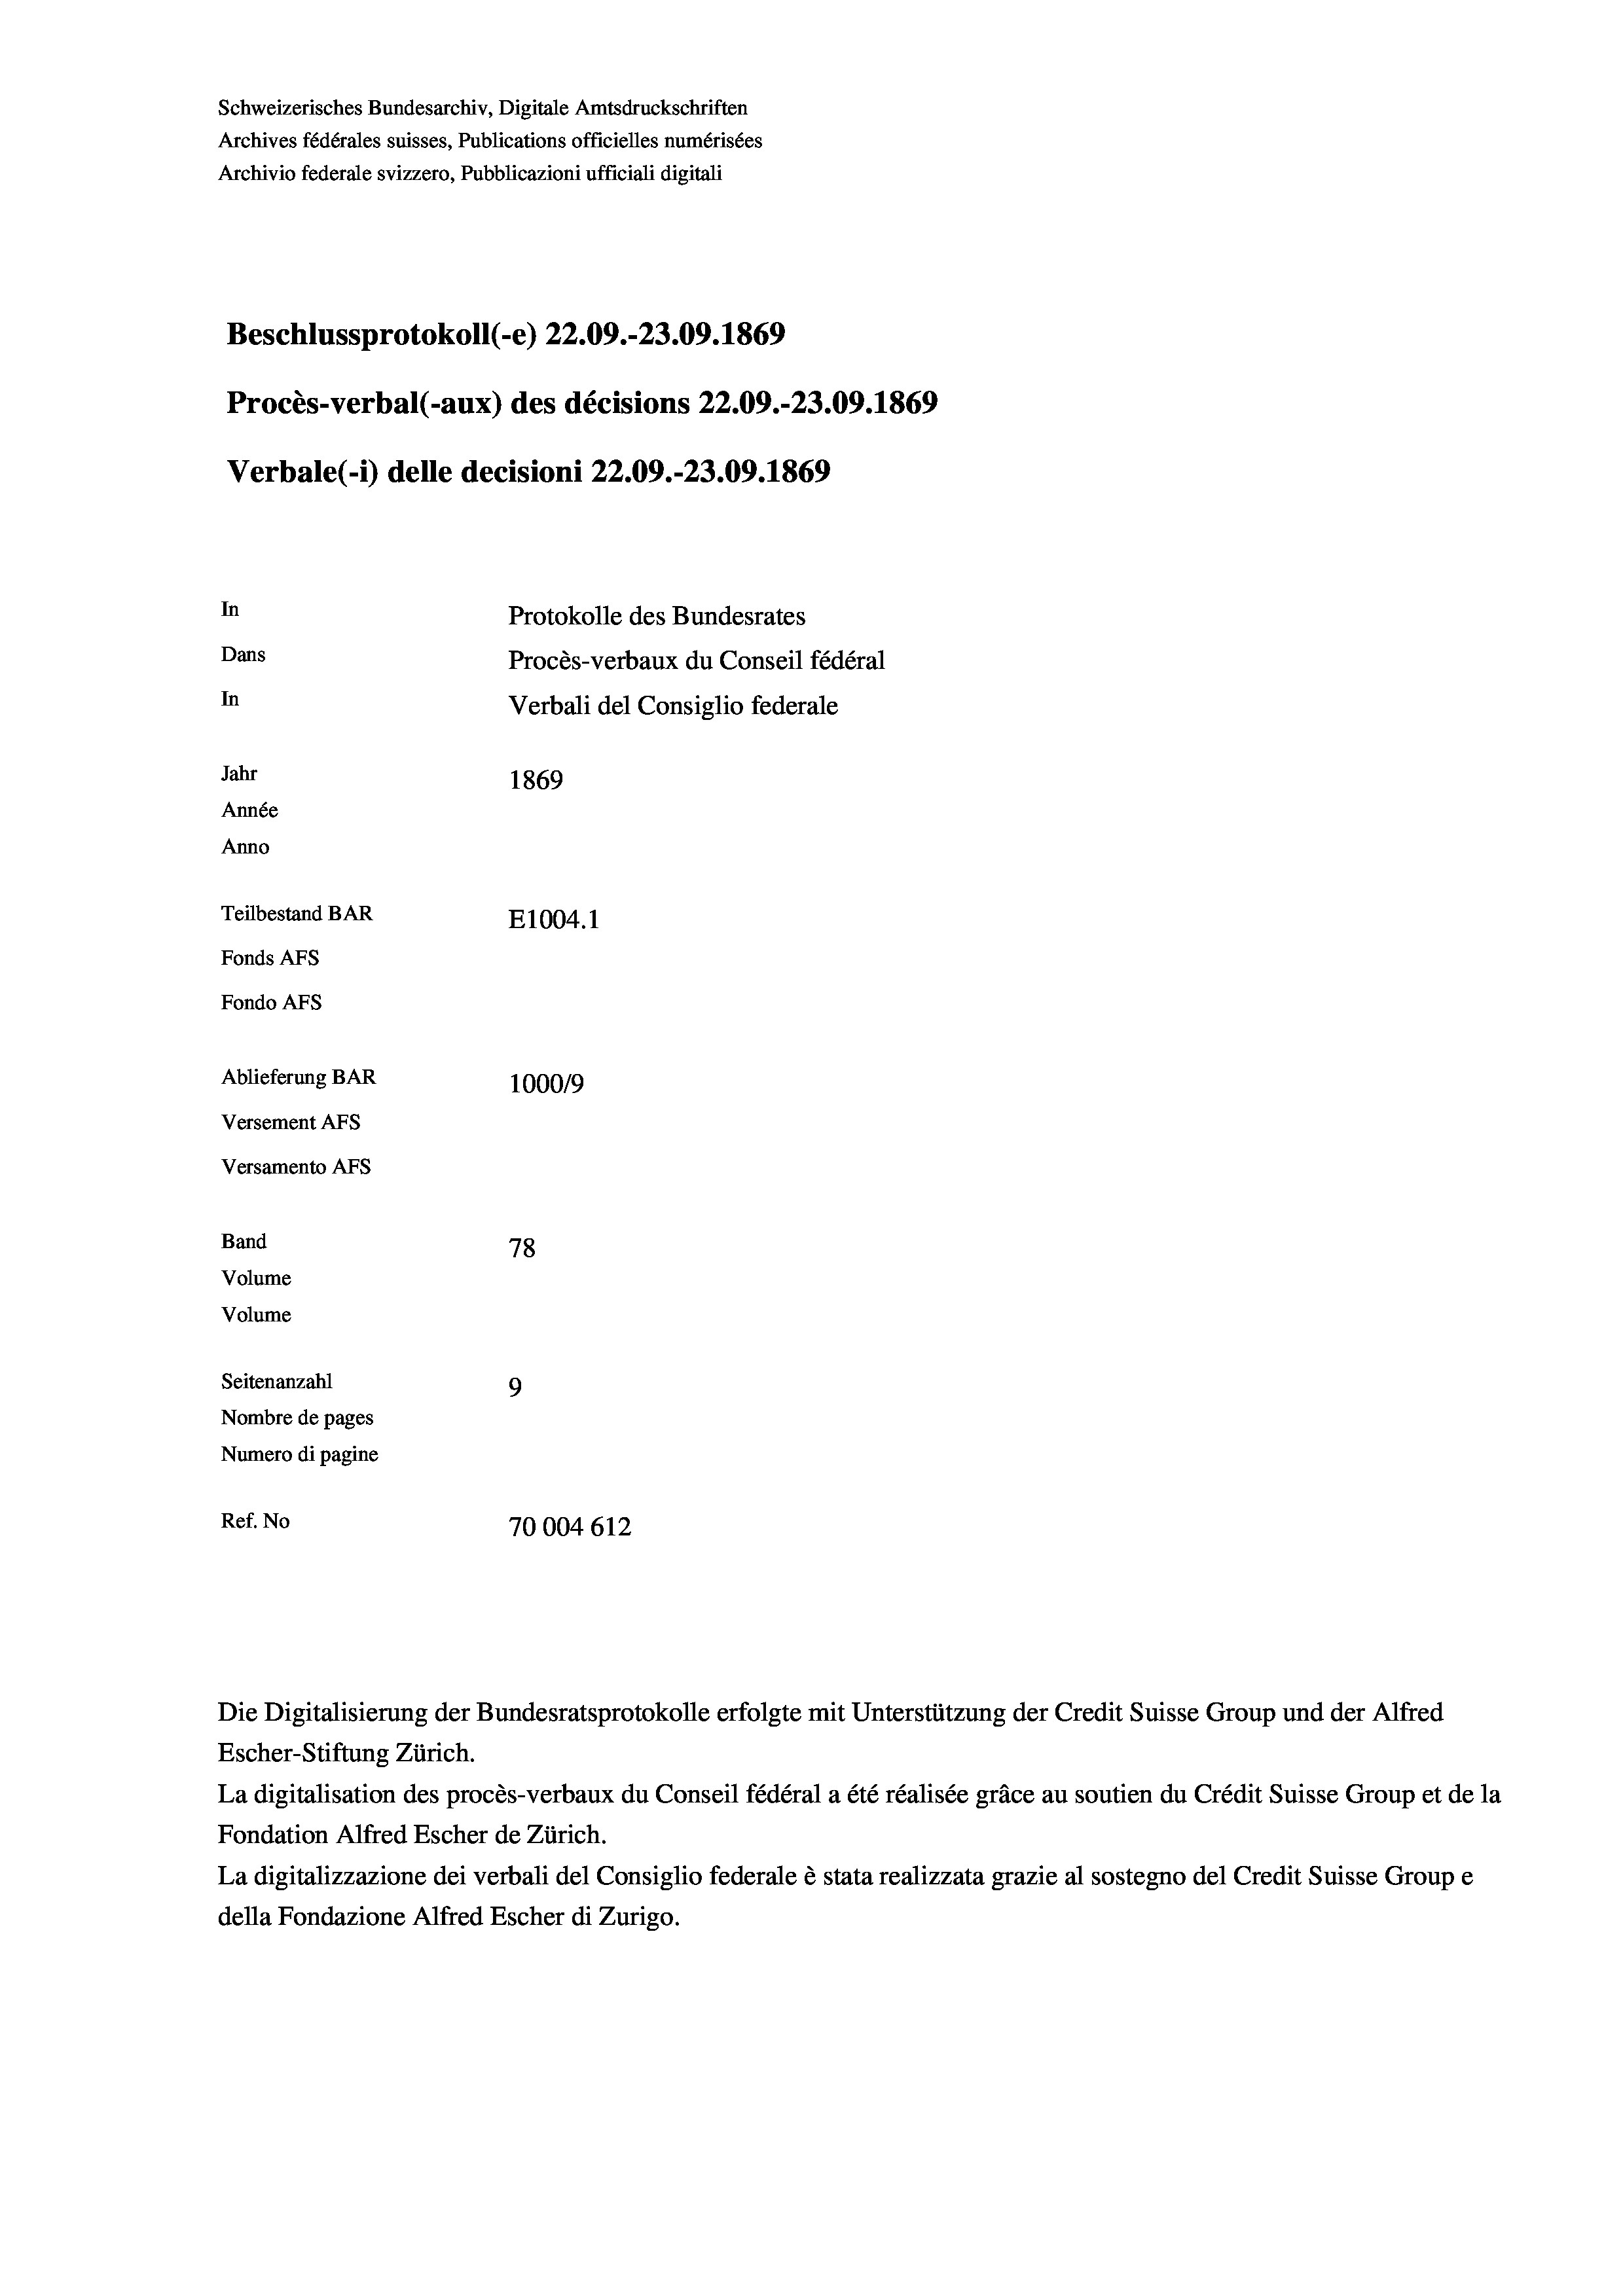
Schweizerisches Bundesarchiv, Digitale Amtsdruckschriften
Archives fédérales suisses, Publications officielles numérisées
Archivio federale svizzero, Pubblicazioni ufficiali digitali
Beschlussprotokoll (-e) 22.09.-23.09. 1869
Procès-verbal (-aux) des décisions 22.09.-23.09. 1869
Verbale(-*) delle decisioni 22.09.-23.09. 1869
In
Protokolle des Bundesrates
Dans
Procès-verbaux du Conseil fédéral
In
Verbali del Consiglio federale
Jahr
1869
Année
Anno
Teilbestand BAR
E1004.1
Fonds AFs
Fondo AFs
Ablieferung BAR
1000/9
Versement AFs
Versamento Afs
Band
78
Volume
Volume
Seitenanzahl
9
Nombre de pages
Numero di pagine
Ref. No
70004612

Die Digitalisierung der Bundesratsprotokolle erfolgte mit Unterstützung der Credit Suisse Group und der Alfred
Escher-Stiftung Zürich.
La digitalisation des procès-verbaux du Conseil fédéral a été réalisée gräce au soutien du Crédit Suisse Group et de la
Fondation Alfred Escher de Zürich.
La digitalizzazione dei verbali del Consiglio federale è stata realizzata grazie al sostegno del Credit Suisse Groupe
della Fondazione Alfred Escher di Zurigo.